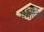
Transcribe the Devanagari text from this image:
ममाप्येष